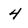
Character: 4